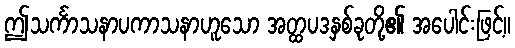
ဤသင်္ကာသနာပကာသနာဟူသော အတ္ထပဒနှစ်ခုတို့၏ အပေါင်းဖြင့်။